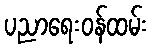
ပညာရေးဝန်ထမ်း